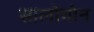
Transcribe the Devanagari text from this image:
सालोमोन